Leaving Certificate, 1932
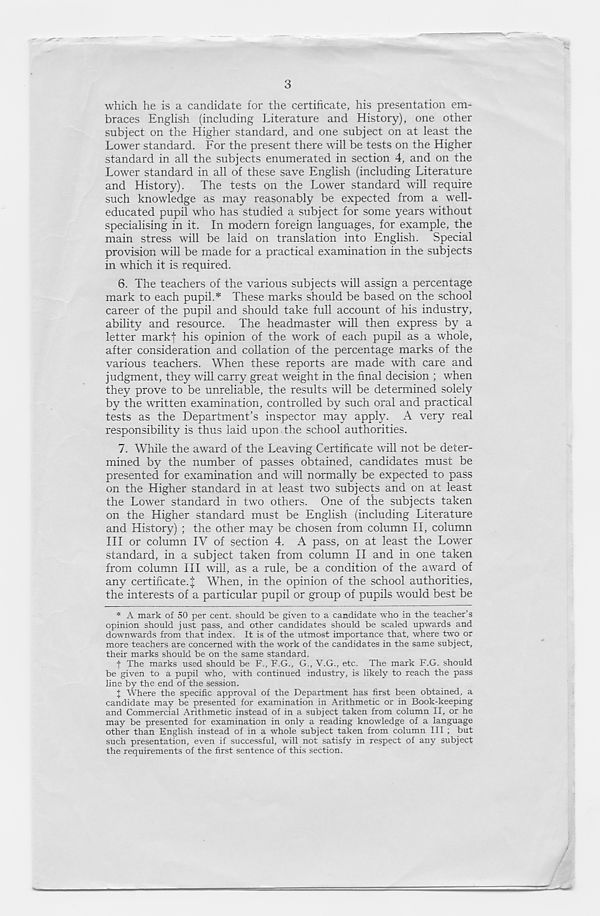
3
which he is a candidate for the certificate, his presentation em-
braces English (including Literature and History), one other
subject on the Higher standard, and one subject on at least the
Lower standard. For the present there will be tests on the Higher
standard in all the subjects enumerated in section 4, and on the
Lower standard in all of these save English (including Literature
and History). The tests on the Lower standard will require
such knowledge as may reasonably be expected from a well-
educated pupil who has studied a subject for some years without
specialising in it. In modern foreign languages, for example, the
main stress will be laid on translation into English. Special
provision will be made for a practical examination in the subjects
in which it is required.
6. The teachers of the various subjects will assign a percentage
mark to each pupil.* These marks should be based on the school
career of the pupil and should take full account of his industry,
ability and resource. The headmaster will then express by a
letter mark! his opinion of the work of each pupil as a whole,
after consideration and collation of the percentage marks of the
various teachers. When these reports are made with care and
judgment, they will carry great weight in the final decision ; when
they prove to be unreliable, the results will be determined solely
by the written examination, controlled by such oral and practical
tests as the Department’s inspector may apply. A very real
responsibility is thus laid upon the school authorities.
7. While the award of the Leaving Certificate will not be deter-
mined by the number of passes obtained, candidates must be
presented for examination and will normally be expected to pass
on the Higher standard in at least two subjects and on at least
the Lower standard in two others. One of the subjects taken
on the Higher standard must be English (including Literature
and History) ; the other may be chosen from column II, column
III or column IV of section 4. A pass, on at least the Lower
standard, in a subject taken from column II and in one taken
from column III will, as a rule, be a condition of the award of
any certificate.! When, in the opinion of the school authorities,
the interests of a particular pupil or group of pupils would best be
* A mark of 50 per cent, should be given to a candidate who in the teacher’s
opinion should just pass, and other candidates should be scaled upwards and
downwards from that index. It is of the utmost importance that, where two or
more teachers are concerned with the work of the candidates in the same subject,
their marks should be on the same standard.
f The marks used should be F., F.G., G., V.G., etc. The mark F.G. should
be given to a pupil who, with continued industry, is likely to reach the pass
line by the end of the session.
X Where the specific approval of the Department has first been obtained, a
candidate may be presented for examination in Arithmetic or in Book-keeping
and Commercial Arithmetic instead of in a subject taken from column II, or he
may be presented for examination in only a reading knowledge of a language
other than English instead of in a whole subject taken from column III ; but
such presentation, even if successful, will not satisfy in respect of any subject
the requirements of the first sentence of this section.